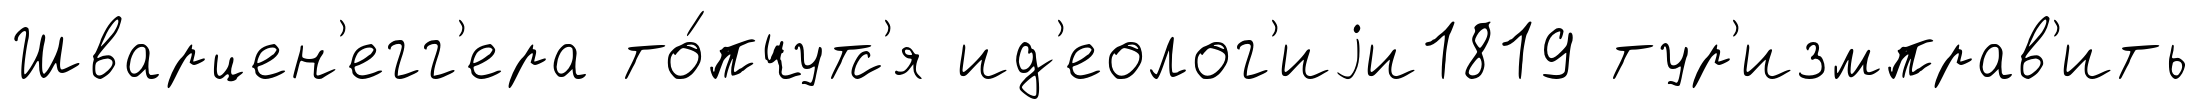
Шварцен'егг'ера то́пчутс'я ид'еолог'иjи1819 тур'измправ'ить